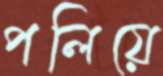
পলিয়ে